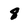
Character: 8